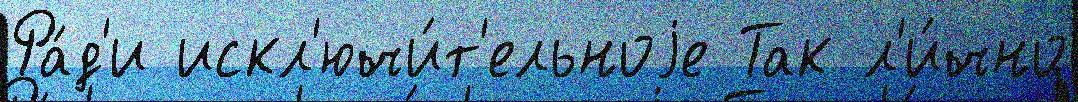
Ра́д'и искл'ючи́т'ельноjе Так л'и́чно